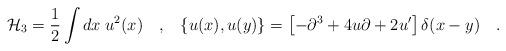
LaTeX: \begin{align*}{\cal H}_3 = \frac{1}{2} \int dx \; u^2(x) \quad , \;\;\;\{ u(x),u(y) \} = \left[ -\partial^3+ 4u\partial+ 2 u{}' \right] \delta (x-y) \quad .\end{align*}